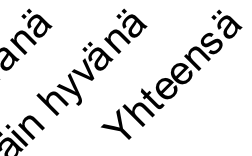
i n ä h y v ä n Y ä ht e e n s ä